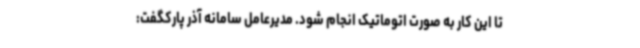
تا این کار به صورت اتوماتیک انجام شود. مدیرعامل سامانه آذر پارکگفت: